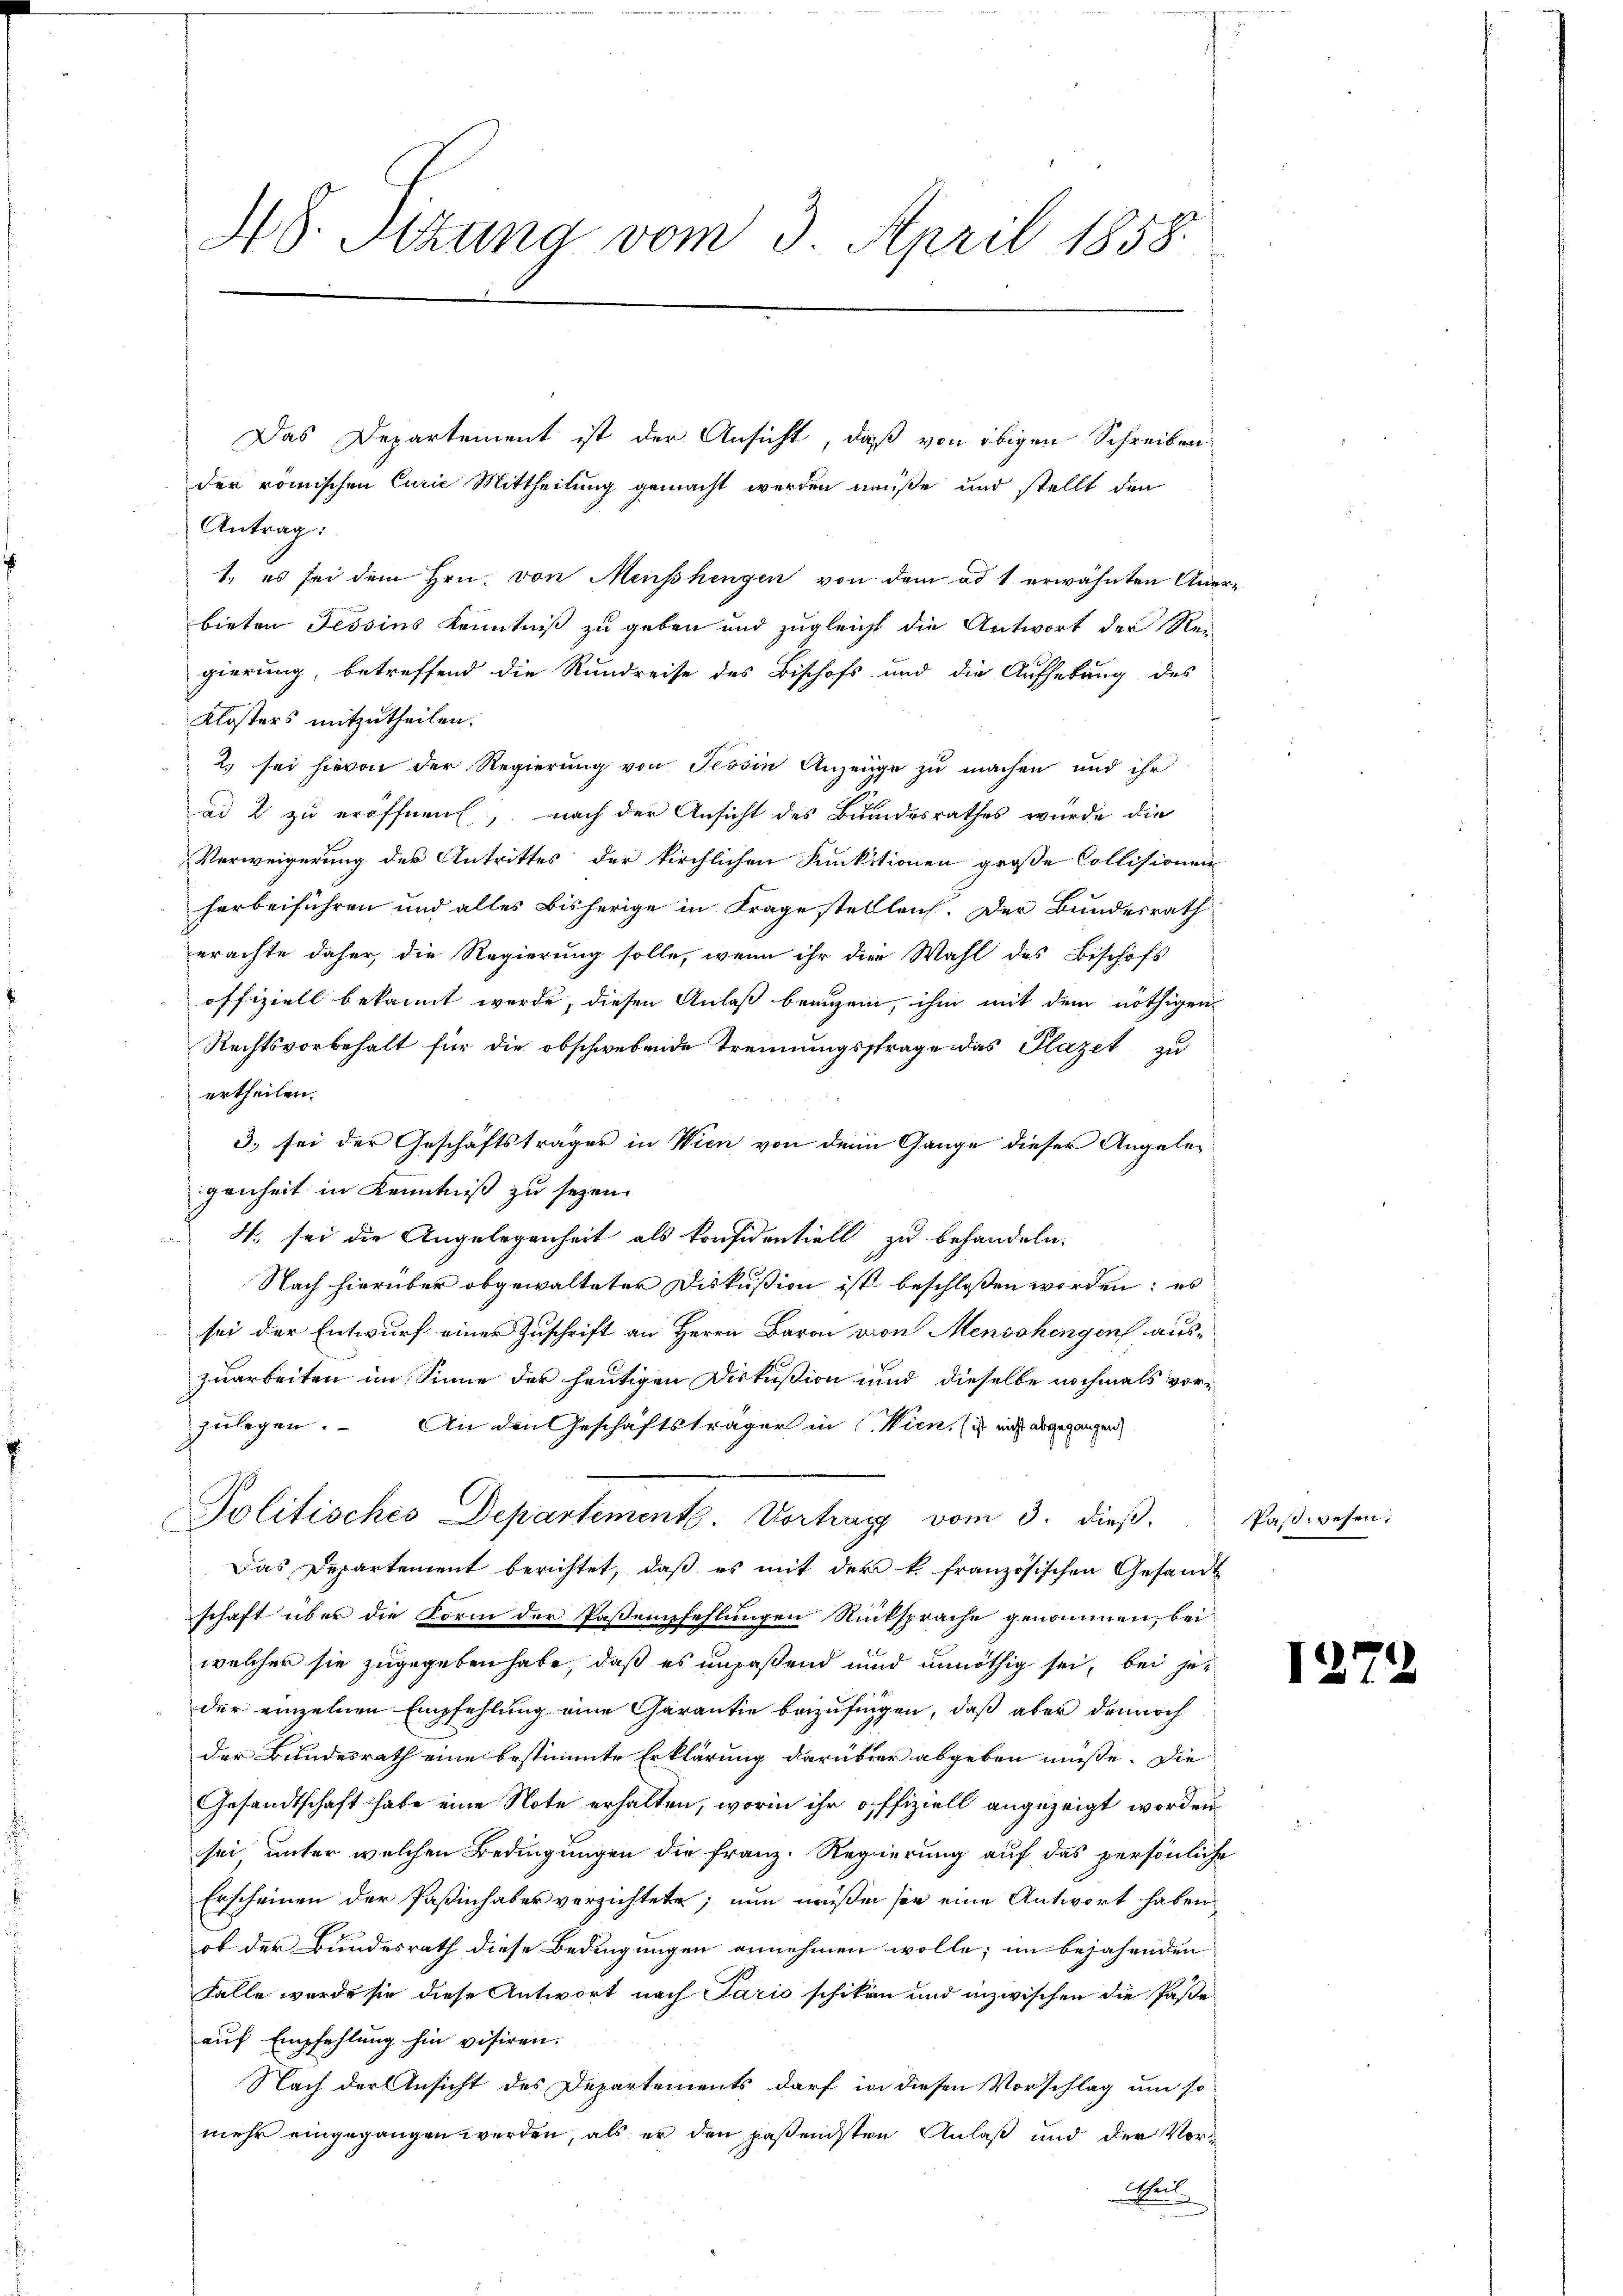
48. Sitzung vom 3. April 1858.

Das Departement ist der Ansicht, daß von obigen Schreiben
der römischen Curie Mittheilung gemacht werden müße und stellt den
Antrag:
1. es sei dem Hrn. von Menschengen von dem ad 1 erwähnten Anerbieten Tessins Kenntniß zu geben und zugleicht die Antwort der Reigierung, betreffend die Rundreise des Bischofs und die Aufhebung des
Klosters mitzutheilen.
2 sei hievon der Regierung von Tessin Anzeige zu machen und ihr
ad 2 zu eröffnen, nach der Ansicht des Bundesrathes wurde die
Verweigerung des Antrittes der kirchlichen Funktionen große Collisionen
herbeiführen und alles bisherige in Frage stellleich. Der Bundesrath
erachte daher, die Regierung solle, wenn ihr die Wahl des Bischofs
offiziell bekannt werde, diesen Anlaß beaugen, ihm mit dem nöthigen
Rechtsvorbehalt für die obschwebende Trennungsstrage das Plazet zu
ertheilen.
3) sei der Geschäftsträger in Wien von dem Gange dieser Angeleigenheit in Kenntniß zu seyen.
4. sei die Angelegenheit als konfidentiell zu behandeln.
Nach hierüber obgewalteter Diskußion ist beschlossen worden; es
sei der Entwurf einer Zuschrift an Herrn Baron von Menschengen auszuarbeiten im Sinne der heutigen Diskußion und dieselbe nochmals vorzulegen. An den Geschäftsträger in Wien. ist nicht abgegangen
Politisches Departemente Vortrag vom 3. dieß.
Das Departement berichtet, daß es mit der k. französischen Gesandt
schaft über die Form der Pastempfehlungen Rücksprache genommen, bei
welcher sie zugegeben habe, daß es unpaßend und unnöthig sei, bei jet
der einzelnen Empfehlung eine Garantie beizufingen, daß aber dennoch
der Bundesrath eine bestimmte Erklärung darüber abgeben müße. Die
Gesandtschaft habe eine Note erhalten, worin ihr offiziell angezeigt worden
sei unter welchen Bedingungen die Franz. Regierung auf das persönliche
Erscheinen der Paßinhaber verzichtete; nun müssen sie eine Antwort haben
ob der Bundesrath diese Bedingungen annehmen wolle; im bejahenden
Falle wurde sie diese Antwort nach Pario schikon und inzwischen die Paße
auf Empfehlung hin visiren.
Nach der Ansicht des Departements darf in diesen Vorschlag um so
mehr eingegangen werden, als er den paßendsten Anlaß und der Vorn

Paßwesen.

1272